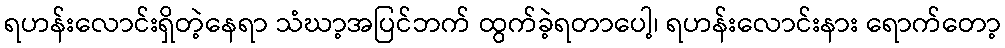
ရဟန်းလောင်းရှိတဲ့နေရာ သံဃာ့အပြင်ဘက် ထွက်ခဲ့ရတာပေါ့၊ ရဟန်းလောင်းနား ရောက်တော့